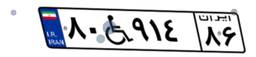
۸۰W۹۱۴۸۶